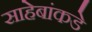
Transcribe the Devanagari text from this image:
साहेबांकडे